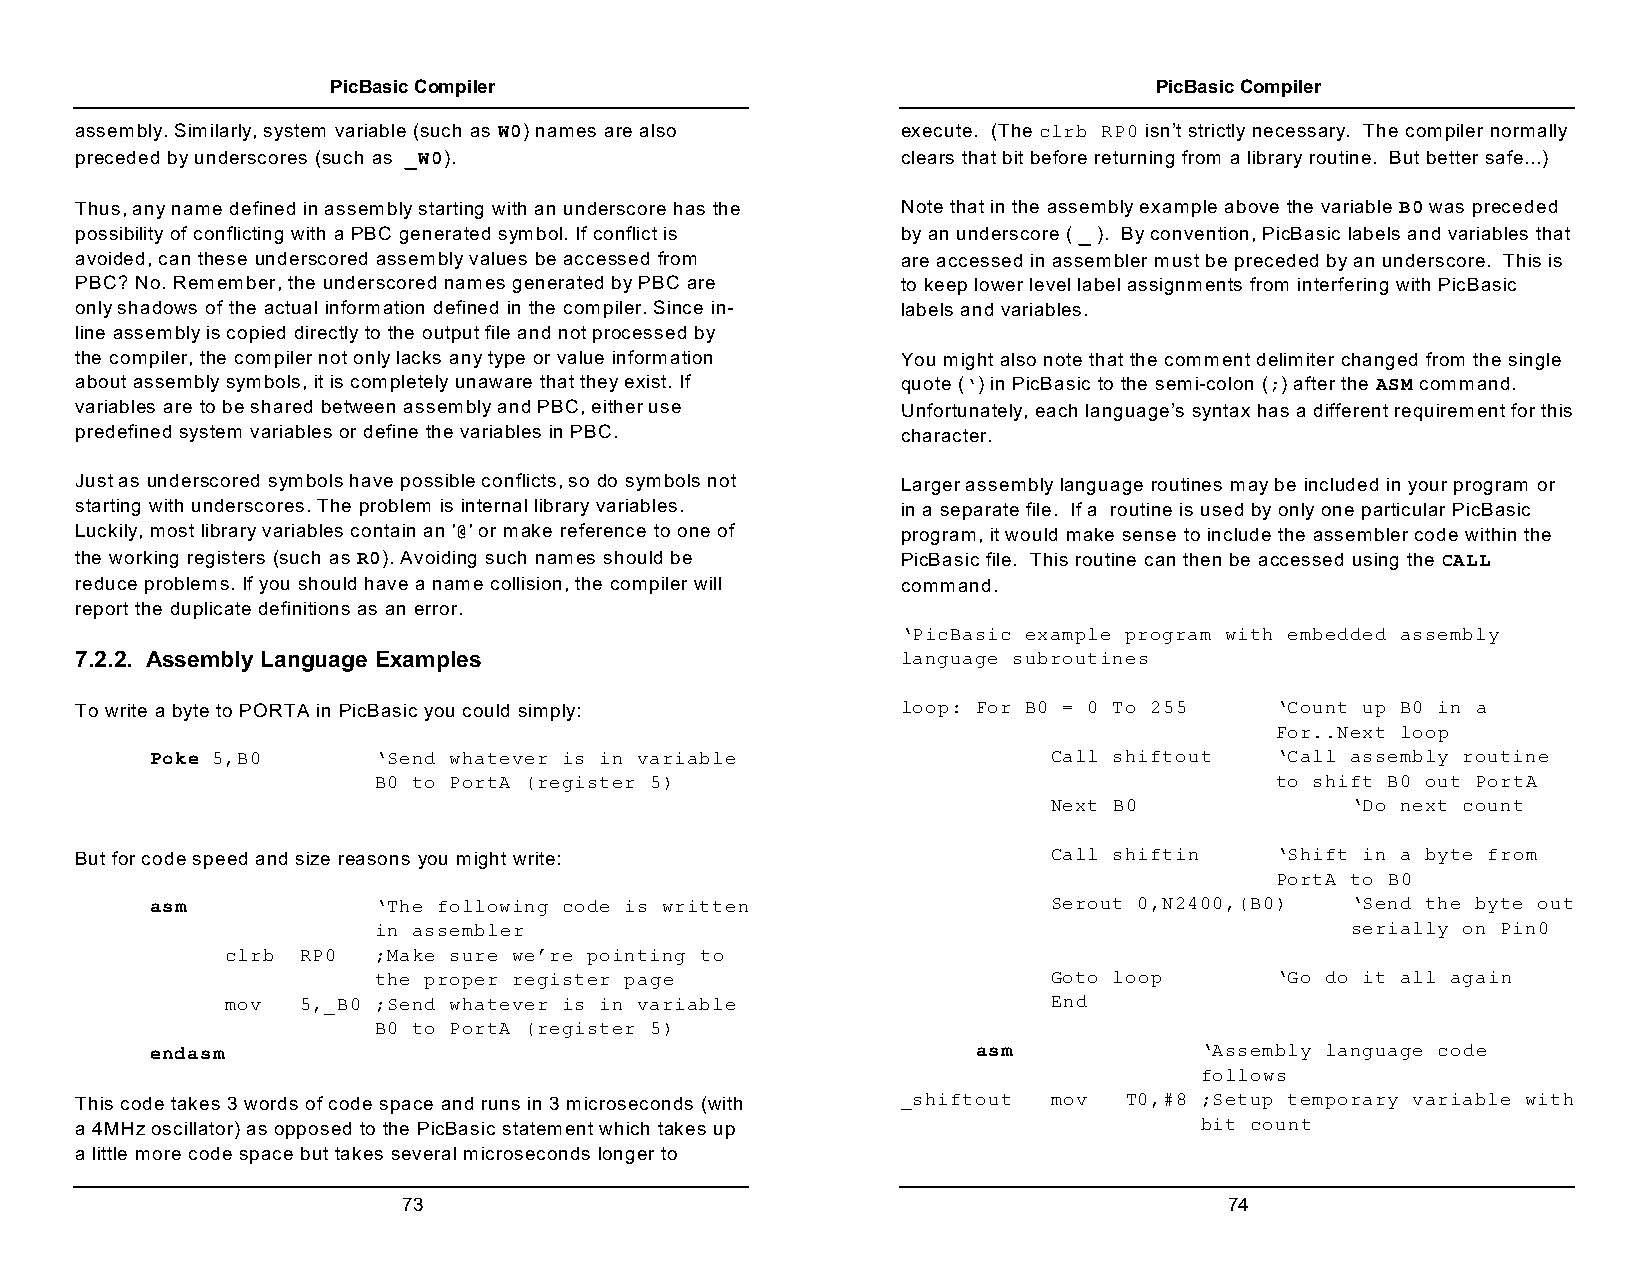
PicBasic Compiler                                     PicBasic Compiler
 assembly. Similarly, system variable (such as W0) names are also execute. (The clrb RP0 isn’t strictly necessary. The compiler normally
 preceded by underscores (such as _W0).                 clears that bit before returning from a library routine. But better safe...)
 Thus, any name defined in assembly starting with an underscore has the Note that in the assembly example above the variable B0 was preceded
 possibility of conflicting with a PBC generated symbol. If conflict is by an underscore ( _ ). By convention, PicBasic labels and variables that
 avoided, can these underscored assembly values be accessed from are accessed in assembler must be preceded by an underscore. This is
 PBC? No. Remember, the underscored names generated by PBC are to keep lower level label assignments from interfering with PicBasic
 only shadows of the actual information defined in the compiler. Since in- labels and variables.
 line assembly is copied directly to the output file and not processed by
 the compiler, the compiler not only lacks any type or value information You might also note that the comment delimiter changed from the single
 about assembly symbols, it is completely unaware that they exist. If quote (‘) in PicBasic to the semi-colon (;) after the ASM command.
 variables are to be shared between assembly and PBC, either use Unfortunately, each language’s syntax has a different requirement for this
 predefined system variables or define the variables in PBC. character.
 Just as underscored symbols have possible conflicts, so do symbols not Larger assembly language routines may be included in your program or
 starting with underscores. The problem is internal library variables. in a separate file. If a routine is used by only one particular PicBasic
 Luckily, most library variables contain an '@' or make reference to one of program, it would make sense to include the assembler code within the
 the working registers (such as R0). Avoiding such names should be PicBasic file. This routine can then be accessed using the CALL
 reduce problems. If you should have a name collision, the compiler will command.
 report the duplicate definitions as an error.
 ‘PicBasic example program with embedded assembly
 7.2.2. Assembly Language Examples                      language subroutines
 To write a byte to PORTA in PicBasic you could simply: loop: For B0 = 0 To 255 ‘Count up B0 in a
 For..Next loop
 Poke 5,B0      ‘Send whatever is in variable                Call shiftout ‘Call assembly routine
 B0 to PortA (register 5)                                   to shift B0 out PortA
 Next B0            ‘Do next count
 But for code speed and size reasons you might write:             Call shiftin  ‘Shift in a byte from
 PortA to B0
 asm            ‘The following code is written               Serout 0,N2400,(B0) ‘Send the byte out
 in assembler                                                    serially on Pin0
 clrb RP0  ;Make sure we’re pointing to
 the proper register page                     Goto loop     ‘Go do it all again
 mov  5,_B0 ;Send whatever is in variable               End
 B0 to PortA (register 5)
 endasm                                                 asm           ‘Assembly language code
 follows
 This code takes 3 words of code space and runs in 3 microseconds (with _shiftout mov T0,#8 ;Setup temporary variable with
 a 4MHz oscillator) as opposed to the PicBasic statement which takes up    bit count
 a little more code space but takes several microseconds longer to
 73                                                    74